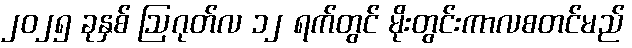
၂၀၂၅ ခုနှစ် ဩဂုတ်လ ၁၂ ရက်တွင် မိုးတွင်းကာလစတင်မည်